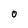
Character: O